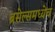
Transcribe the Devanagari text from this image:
ब्रसेल्समध्येच